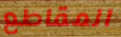
المقاطع